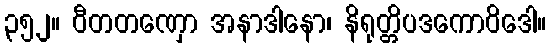
၃၅၂။ ဝီတတဏှော အနာဒါနော၊ နိရုတ္တိပဒကောဝိဒေါ။